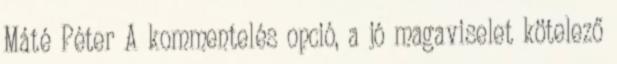
Máté Péter A kommentelés opció, a jó magaviselet kötelező